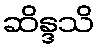
ဆိန္ဒသိ